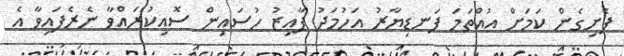
ފެށިގެން ކަމަށް އުއްތަމަ ފަނޑިޔާރު އަހުމަދު ފާއިޒު ހުސައިން ސޮއިކުރައްވާ ނެރެފައިވާ އެ